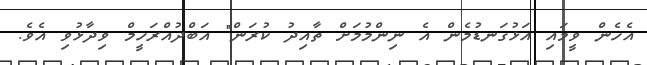
އެހެން ވީމައި އަޅުގަނޑުމެން އެ ނިންމުމަށް ތާއިދު ކުރަން" އަބްދުއްރަހީމް ވިދާޅުވި އެވެ.